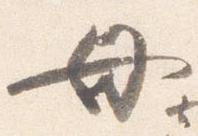
母